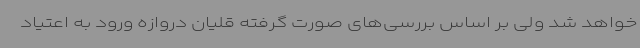
خواهد شد ولی بر اساس بررسی‌های صورت گرفته قلیان دروازه ورود به اعتیاد